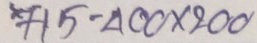
715 - 400 x 200